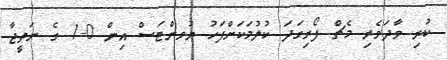
ކުރި ވާދަވެރި މެޗް ފޯރިގަދަ ކުލުމަކަށްފަހު ޔުވންޓަސް އިން 0-1 ގެ ނަތީޖާ